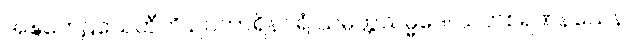
အဍ္ဎတေဠသေဟီတိ ဥပကာရိနဂရံ သမ္ပတ္တသမ္မဒေါ သဟစရဏနယေန